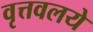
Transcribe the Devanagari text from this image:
वृत्तवलये